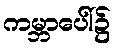
ကမ္ဘာပေါ်၌